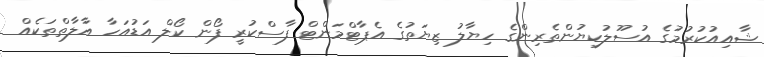
ޝާއިއުކުރުމުގެ އުސޫލުކިޔުންތެރިންގެ ހިޔާލު ޒިޔަތުގެ އެޕާޓްމަންޓް ފާސްކުރީ ފޯން ކޯލް އަޑުއަހާ އާލާތްތަކެއް